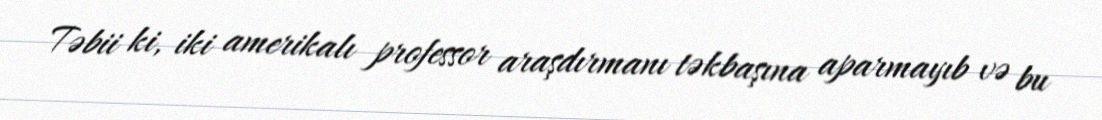
Təbii ki, iki amerikalı professor araşdırmanı təkbaşına aparmayıb və bu